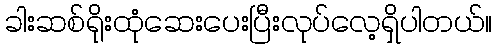
ခါးဆစ်ရိုးထုံဆေးပေးပြီးလုပ်လေ့ရှိပါတယ်။